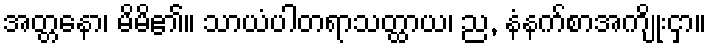
အတ္တနော၊ မိမိ၏။ သာယံပါတရာသတ္ထာယ၊ ည, နံနက်စာအကျိုးငှာ။